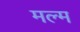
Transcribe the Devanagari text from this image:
मल्म